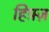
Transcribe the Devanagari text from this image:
हिफ़्ज़